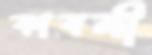
কাবলী